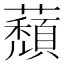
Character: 蘈